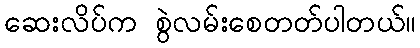
ဆေးလိပ်က စွဲလမ်းစေတတ်ပါတယ်။